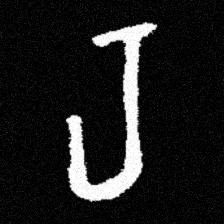
Pyu character \u2014 Myanmar letter: ရ (romanized: ra)